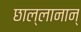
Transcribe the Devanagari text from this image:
छाल्लानान्